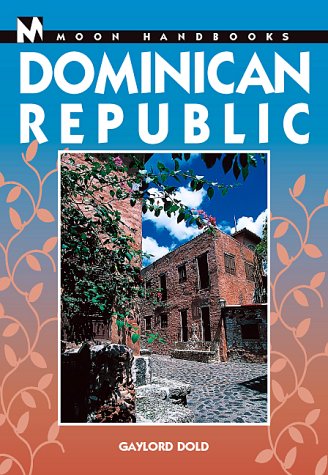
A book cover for Moon Handbooks Dominican Republic; Gaylord Dold; Travel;